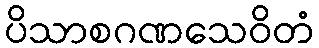
ပိသာစဂဏသေဝိတံ